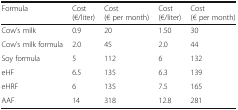
| Formula | Cost (€/liter) | Cost (€ per month) | Cost (€/liter) | Cost (€ per month) |
 | --- | --- | --- | --- | --- |
 | Cow’s milk | 0.9 | 20 | 1.50 | 30 |
 | Cow’s milk formula | 2.0 | 45 | 2.0 | 44 |
 | Soy formula | 5 | 112 | 6 | 132 |
 | eHF | 6.5 | 135 | 6.3 | 139 |
 | eHRF | 6 | 135 | 7.5 | 165 |
 | AAF | 14 | 318 | 12.8 | 281 |